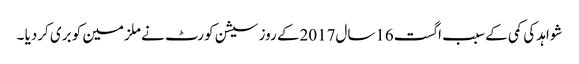
شواہد کی کمی کے سبب اگست16سال2017کے روز سیشن کورٹ نے ملزمین کو بری کردیا ۔